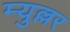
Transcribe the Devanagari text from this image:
म्युल्लर